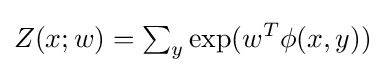
Z(x;w)=\textstyle \sum _{y}\displaystyle \exp(w^{T}\phi (x,y))